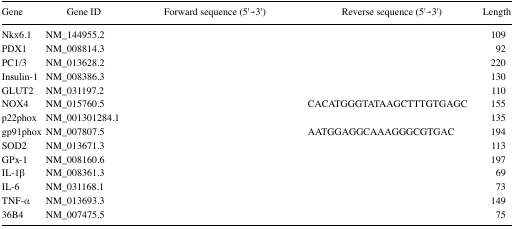
<table><thead><tr><td><b>Gene</b></td><td><b>Gene ID</b></td><td><b>Forward sequence (5′→3′)</b></td><td><b>Reverse sequence (5′→3′)</b></td><td><b>Length</b></td></tr></thead><tbody><tr><td>Nkx6.1</td><td>NM_144955.2</td><td>[EMPTY_CELL]</td><td>[EMPTY_CELL]</td><td>109</td></tr><tr><td>PDX1</td><td>NM_008814.3</td><td>[EMPTY_CELL]</td><td>[EMPTY_CELL]</td><td>92</td></tr><tr><td>PC1/3</td><td>NM_013628.2</td><td>[EMPTY_CELL]</td><td>[EMPTY_CELL]</td><td>220</td></tr><tr><td>Insulin-1</td><td>NM_008386.3</td><td>[EMPTY_CELL]</td><td>[EMPTY_CELL]</td><td>130</td></tr><tr><td>GLUT2</td><td>NM_031197.2</td><td>[EMPTY_CELL]</td><td>[EMPTY_CELL]</td><td>110</td></tr><tr><td>NOX4</td><td>NM_015760.5</td><td>[EMPTY_CELL]</td><td>CACATGGGTATAAGCTTTGTGAGC</td><td>155</td></tr><tr><td>p22phox</td><td>NM_001301284.1</td><td>[EMPTY_CELL]</td><td>[EMPTY_CELL]</td><td>135</td></tr><tr><td>gp91phox</td><td>NM_007807.5</td><td>[EMPTY_CELL]</td><td>AATGGAGGCAAAGGGCGTGAC</td><td>194</td></tr><tr><td>SOD2</td><td>NM_013671.3</td><td>[EMPTY_CELL]</td><td>[EMPTY_CELL]</td><td>113</td></tr><tr><td>GPx-1</td><td>NM_008160.6</td><td>[EMPTY_CELL]</td><td>[EMPTY_CELL]</td><td>197</td></tr><tr><td>IL-1β</td><td>NM_008361.3</td><td>[EMPTY_CELL]</td><td>[EMPTY_CELL]</td><td>69</td></tr><tr><td>IL-6</td><td>NM_031168.1</td><td>[EMPTY_CELL]</td><td>[EMPTY_CELL]</td><td>73</td></tr><tr><td>TNF-α</td><td>NM_013693.3</td><td>[EMPTY_CELL]</td><td>[EMPTY_CELL]</td><td>149</td></tr><tr><td>36B4</td><td>NM_007475.5</td><td>[EMPTY_CELL]</td><td>[EMPTY_CELL]</td><td>75</td></tr></tbody></table>